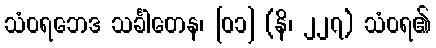
သံဝရဘေဒ သင်္ခါတေန၊ [၀၁] (နိ၊ ၂၂၇) သံဝရ၏